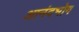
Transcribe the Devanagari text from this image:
आनंदभोग